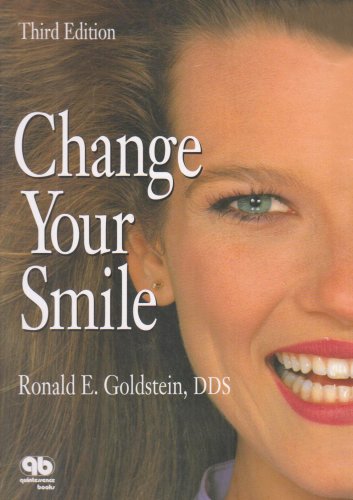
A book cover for Change Your Smile; Ronald E. Goldstein; Medical Books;